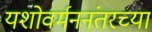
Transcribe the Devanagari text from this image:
यशोवर्मननंतरच्या